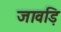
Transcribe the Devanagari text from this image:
जावड़ि